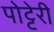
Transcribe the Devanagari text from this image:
पोट्टेरी